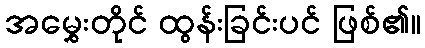
အမွှေးတိုင် ထွန်းခြင်းပင် ဖြစ်၏။